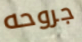
جروحه